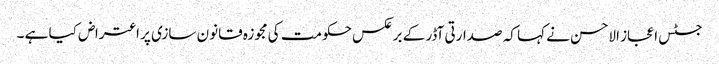
جسٹس اعجاز الاحسن نے کہا کہ صدارتی آڈر کے برعکس حکومت کی مجوزہ قانون سازی پر اعتراض کیا ہے ۔